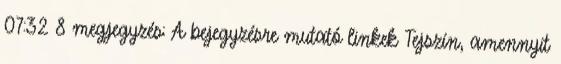
07:32 8 megjegyzés: A bejegyzésre mutató linkek Tejszín, amennyit